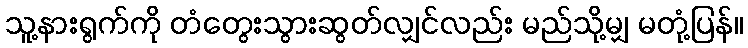
သူ့နားရွက်ကို တံတွေးသွားဆွတ်လျှင်လည်း မည်သို့မျှ မတုံ့ပြန်။